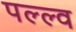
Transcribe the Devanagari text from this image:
पल्ल्व